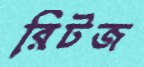
রিটজ